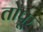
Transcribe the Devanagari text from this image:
तोफू